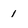
Character: 1